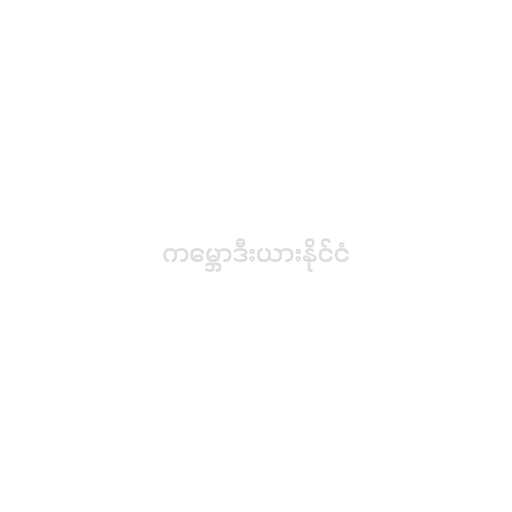
ကမ္ဘောဒီးယားနိုင်ငံ